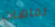
تفاهات